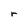
Character: r